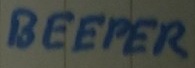
Text: BEEPER